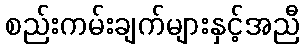
စည်းကမ်းချက်များနှင့်အညီ